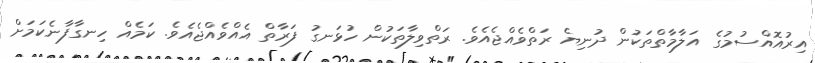
އިރުއޮއްސުމުގެ އަލާމާތްތަކުން ދުނިޔެ ރަތްވެއްޖެއެވެ. ރަތްވިލާތަކުން ހުޅަނގު ފަރާތް އެއްވެއްޖެއެވެ. ކަމެއް ހިނގާފާނެކަމަށް